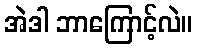
အဲဒါ ဘာကြောင့်လဲ။